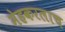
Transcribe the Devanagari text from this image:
मेहकरलाच